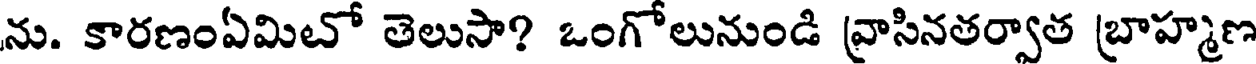
ను. కారణంఏమిటో తెలుసా? ఒంగోలునుండి వ్రాసినతర్వాత బ్రాహ్మణ